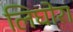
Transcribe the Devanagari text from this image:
लिघोरा